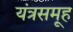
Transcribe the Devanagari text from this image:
यंत्रसमूह